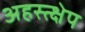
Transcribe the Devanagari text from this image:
अहस्त्क्षेप